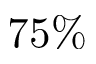
7 5 \%